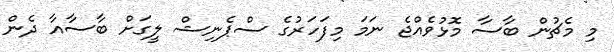
މި މެޗުން ބާސާ މޮޅުވެއްޖެ ނަމަ މިފަހަރުގެ ސްޕެނިޝް ލީގަށް ބާސާއާ ދެން